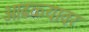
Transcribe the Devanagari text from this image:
आढळ्यावर